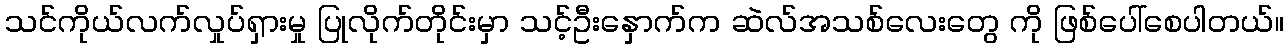
သင်ကိုယ်လက်လှုပ်ရှားမှု ပြုလိုက်တိုင်းမှာ သင့်ဦးနှောက်က ဆဲလ်အသစ်လေးတွေ ကို ဖြစ်ပေါ်စေပါတယ်။